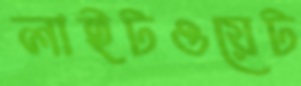
লাইটওয়েট